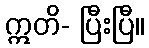
ဣတိ- ပြီးပြီ။